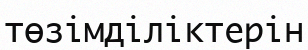
төзімділіктерін